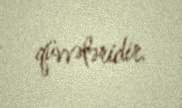
qüvvələridir.